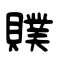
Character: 贌